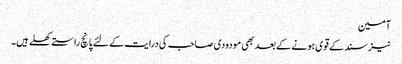
آمین
نیز سند کے قوی ہونے کے بعد بھی مودودی صاحب کی درایت کے لئے پانچ راستےکھلے ہیں۔